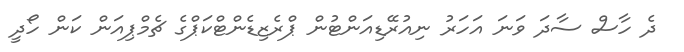
ދެ ހާސް ސާދަ ވަނަ އަހަރު ނިއުރޭޑިއަންޓުން ޕްރެޒިޑެންޓްކަޕްގެ ޗެމްޕިއަން ކަން ހޯދީ